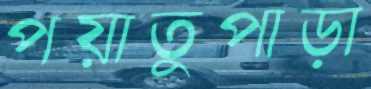
পয়াতুপাড়া